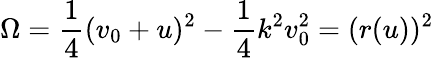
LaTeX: \Omega=\frac{1}{4}(v_{0}+u)^{2}-\frac{1}{4}k^{2}v_{0}^{2}=(r(u))^{2}